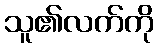
သူ၏လက်ကို